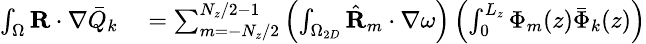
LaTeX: \small\begin{array}{rl}{\int_{\Omega}\textbf{R}\cdot\nabla\bar{Q}_{k}}&{{}=\sum_{m=-N_{z}/2}^{N_{z}/2-1}\left(\int_{\Omega_{2D}}\hat{\textbf{R}}_{m}\cdot\nabla\omega\right)\left(\int_{0}^{L_{z}}\Phi_{m}(z)\bar{\Phi}_{k}(z)\right)}\end{array}